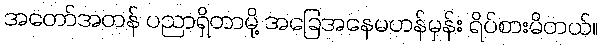
အတော်အတန် ပညာရှိတာမို့ အခြေအနေမဟန်မှန်း ရိပ်စားမိတယ်။